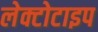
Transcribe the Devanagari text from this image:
लेक्टोटाइप